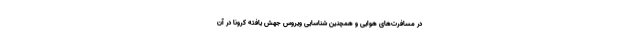
در مسافرت‌های هوایی و همچنین شناسایی ویروس جهش یافته کرونا در آن